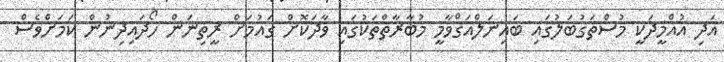
އަދި އުއްމީދަކީ މުސްތަގުބަލުގައި ބައިނަލްއަޤްވާމީ މުބާރާތްތަކުގައި ވާދަކޮށް ގައުމަށް ރީތިނަން ހޯދައިދިނުން ކަމަށްވެސް